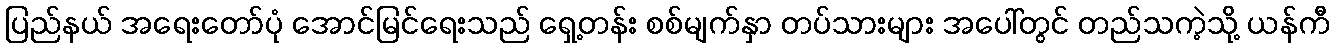
ပြည်နယ် အရေးတော်ပုံ အောင်မြင်ရေးသည် ရှေ့တန်း စစ်မျက်နှာ တပ်သားများ အပေါ်တွင် တည်သကဲ့သို့ ယန်ကီ